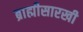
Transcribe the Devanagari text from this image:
ब्राह्मीसारखी